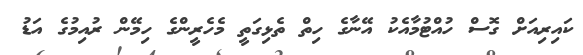
ކައިރިއަށް ގޮސް ހުއްޓުމާއެކު އޭނާގެ ހިތް ތެޅިގަތީ މެހެރީންގެ ހިމޭން ރުއިމުގެ އަޑު